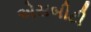
એસબીટી